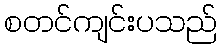
စတင်ကျင်းပသည်